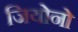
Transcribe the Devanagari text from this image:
जियोनो